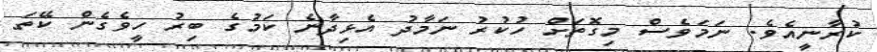
ކުރާނީއެވެ. ނަމަވެސް މިގޮތަށް ހުކުރު ނަމާދު އެޅިދާނެ ކަމުގެ ބިރު ހީވެގެން ކޭތަ